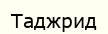
Таджрид